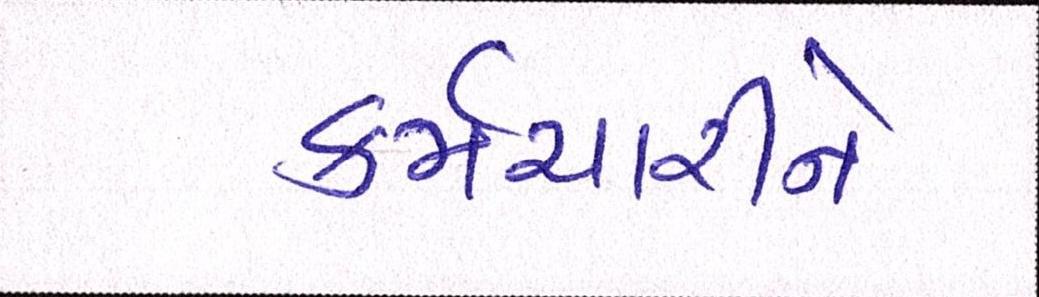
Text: કર્મચારીને